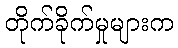
တိုက်ခိုက်မှုများက